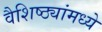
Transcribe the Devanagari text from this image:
वैशिष्ठ्यांमध्ये